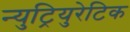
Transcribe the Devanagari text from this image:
न्युट्रियुरेटिक